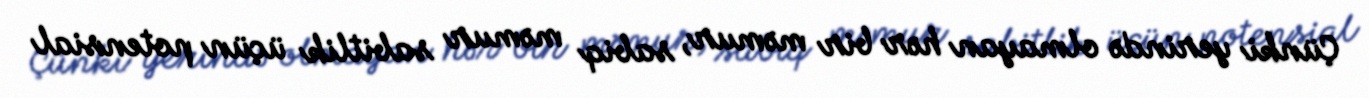
Çünki yerində olmayan hər bir məmur, sabiq məmur sabitlik üçün potensial